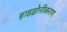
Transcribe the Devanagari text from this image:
हाइड्रोनीकरण